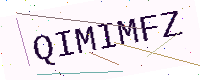
Text: QIMIMFZ